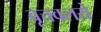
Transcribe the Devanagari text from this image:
वृत्तवलये